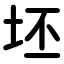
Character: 坯